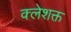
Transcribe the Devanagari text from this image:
क्लेशक्त